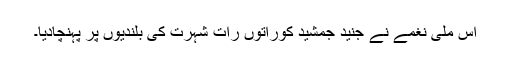
اس ملی نغمے نے جنید جمشید کوراتوں رات شہرت کی بلندیوں پر پہنچادیا۔